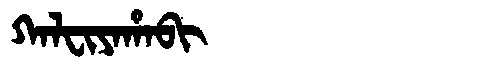
Manchu: ᡴᠠᠯᠸᡳᠶᠠᡥᠠᠪᡳ
Romanization: KALFIYAHABI